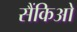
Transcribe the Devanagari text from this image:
सैंकिओ